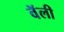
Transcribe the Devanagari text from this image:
वॅली